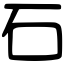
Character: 石